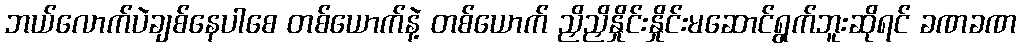
ဘယ်လောက်ပဲချစ်နေပါစေ တစ်ယောက်နဲ့ တစ်ယောက် ညှိညှိနှိုင်းနှိုင်းမဆောင်ရွက်ဘူးဆိုရင် ခဏခဏ